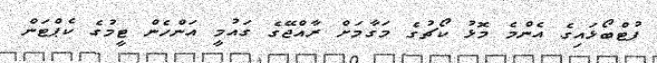
ފުޓްބޯޅައިގެ އެންމެ މޮޅު ކޯޗުގެ މަގާމަށް ރާއްޖޭގެ ގައުމީ އަންހެން ޓީމުގެ ކެޕްޓަން